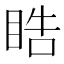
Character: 𭾵